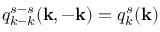
q _ { k - k } ^ { s - s } ( { \bf k } , - { \bf k } ) = q _ { k } ^ { s } ( { \bf k } )